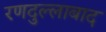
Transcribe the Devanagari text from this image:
रणदुल्लाबाद